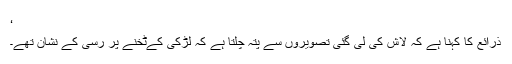
‘
ذرائع کا کہنا ہے کہ لاش کی لی گئی تصویروں سے پتہ چلتا ہے کہ لڑکی کےٹخنے پر رسی کے نشان تھے۔